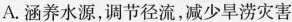
A.涵养水源，调节径流，减少旱涝灾害